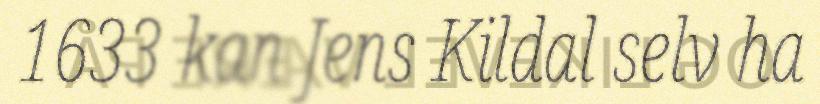
1633 kan Jens Kildal selv ha